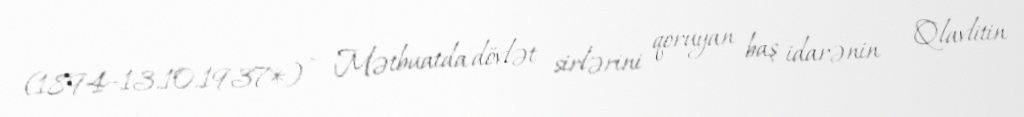
(1894–13.10.1937*) – Mətbuatda dövlət sirlərini qoruyan baş idarənin – Qlavlitin